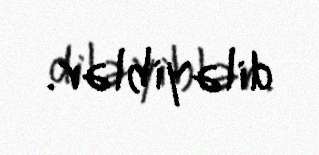
diləyiblər.